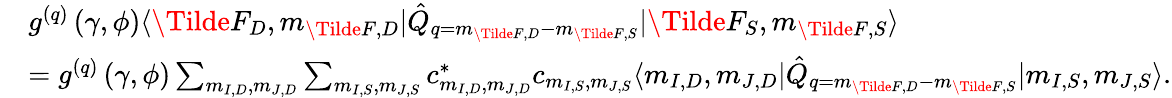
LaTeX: \begin{array}{rl}&{g^{(q)}\left(\gamma,\phi\right)\langle\Tilde{F}_{D},m_{\Tilde{F},D}\rvert\hat{Q}_{q=m_{\Tilde{F},D}-m_{\Tilde{F},S}}\lvert\Tilde{F}_{S},m_{\Tilde{F},S}\rangle}\\ &{=g^{(q)}\left(\gamma,\phi\right)\sum_{m_{I,D},m_{J,D}}\sum_{m_{I,S},m_{J,S}}c_{m_{I,D},m_{J,D}}^{*}c_{m_{I,S},m_{J,S}}\langle m_{I,D},m_{J,D}\rvert\hat{Q}_{q=m_{\Tilde{F},D}-m_{\Tilde{F},S}}\lvert m_{I,S},m_{J,S}\rangle.}\end{array}